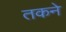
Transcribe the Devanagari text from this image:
तकने